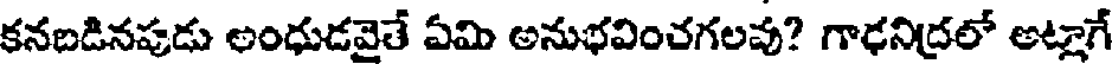
కనబడినపుడు అంధుడవైతే ఏమి అనుభవించగలవు? గాఢనిద్రలో అట్లాగే